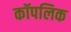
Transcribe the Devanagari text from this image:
कॉपलिक